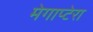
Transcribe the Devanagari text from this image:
मेगाप्टेरा